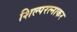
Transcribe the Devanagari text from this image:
शिल्परत्नाकर